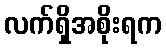
လက်ရှိအစိုးရက